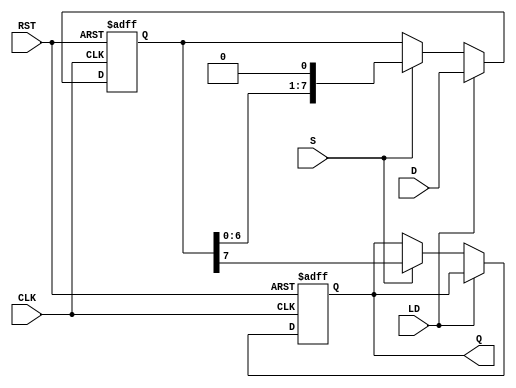
module PISO_Register #(
    parameter WIDTH = 8  // Parameter to define the width of the register
)(
    input wire [WIDTH-1:0] D,  // Parallel data input
    input wire LD,              // Load control signal
    input wire S,               // Shift control signal
    input wire CLK,             // Clock signal
    input wire RST,             // Asynchronous reset signal
    output reg Q                // Serial output
);

    reg [WIDTH-1:0] shift_reg;  // Shift register to hold the data

    // Asynchronous reset and loading data
    always @(posedge CLK or posedge RST) begin
        if (RST) begin
            shift_reg <= {WIDTH{1'b0}}; // Clear the register
            Q <= 1'b0;                 // Clear the output
        end else if (LD) begin
            shift_reg <= D;            // Load data into the shift register
        end else if (S) begin
            Q <= shift_reg[WIDTH-1];   // Output the MSB
            shift_reg <= {shift_reg[WIDTH-2:0], 1'b0}; // Shift left
        end
    end

endmodule